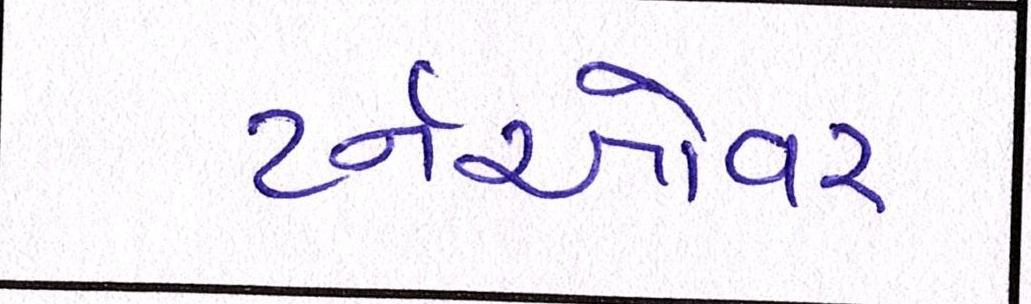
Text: ટર્નઓવર